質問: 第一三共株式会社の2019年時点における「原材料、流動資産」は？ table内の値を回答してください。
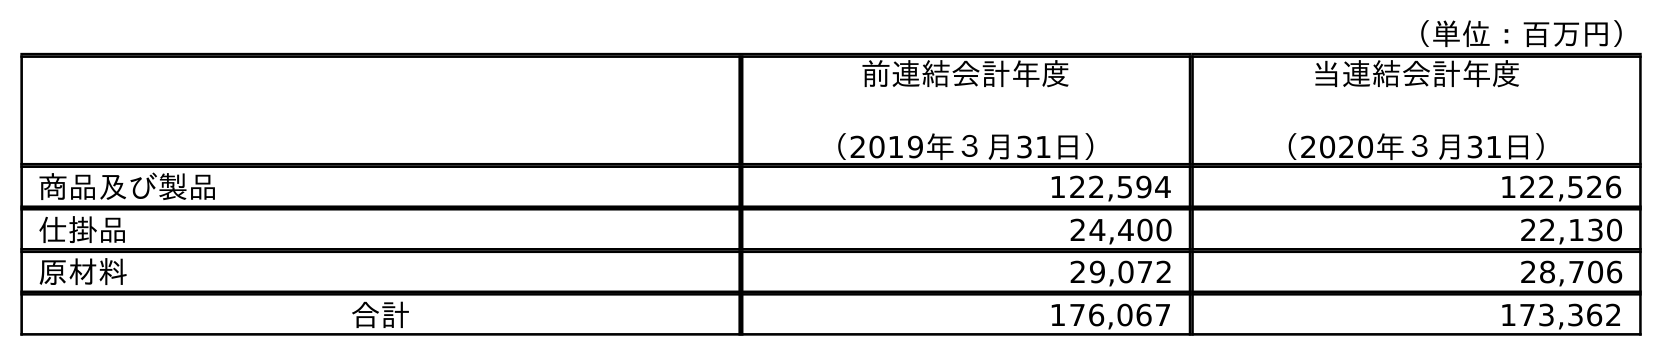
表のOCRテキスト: （単位：百万円） 前連結会計年度 （2019年３月31日） 当連結会計年度 （2020年３月31日） 商品及び製品 122,594 122,526 仕掛品 24,400 22,130 原材料 29,072 28,706 合計 176,067 173,362
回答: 29,072